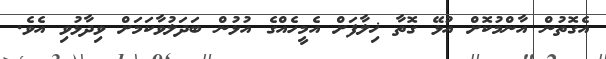
އެގޮތުން އާންމުކޮށް އުޅޭ ގޮތާ ޚިލާފަށް އެމީހެއްގެ އުޅުން ބަދަލުވާކަމަށް ވިދާޅުވި އެވެ.